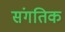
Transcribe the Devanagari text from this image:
संगतिक